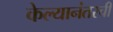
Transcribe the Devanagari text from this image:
केल्यानंतरची